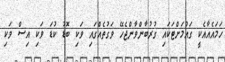
ހަމައެއާއެކީ ގައުމަށްޓަކައި ގުރުބާންވާންޖެހޭ ވަގުތެއްގައި ވަކި ބޮޑު ކުޑަ ވަކި އިސް ވަކި